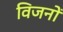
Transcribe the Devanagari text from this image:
विजनों